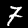
Label: 7